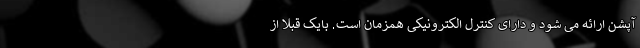
آپشن ارائه می شود و دارای کنترل الکترونیکی همزمان است. بایک قبلا از